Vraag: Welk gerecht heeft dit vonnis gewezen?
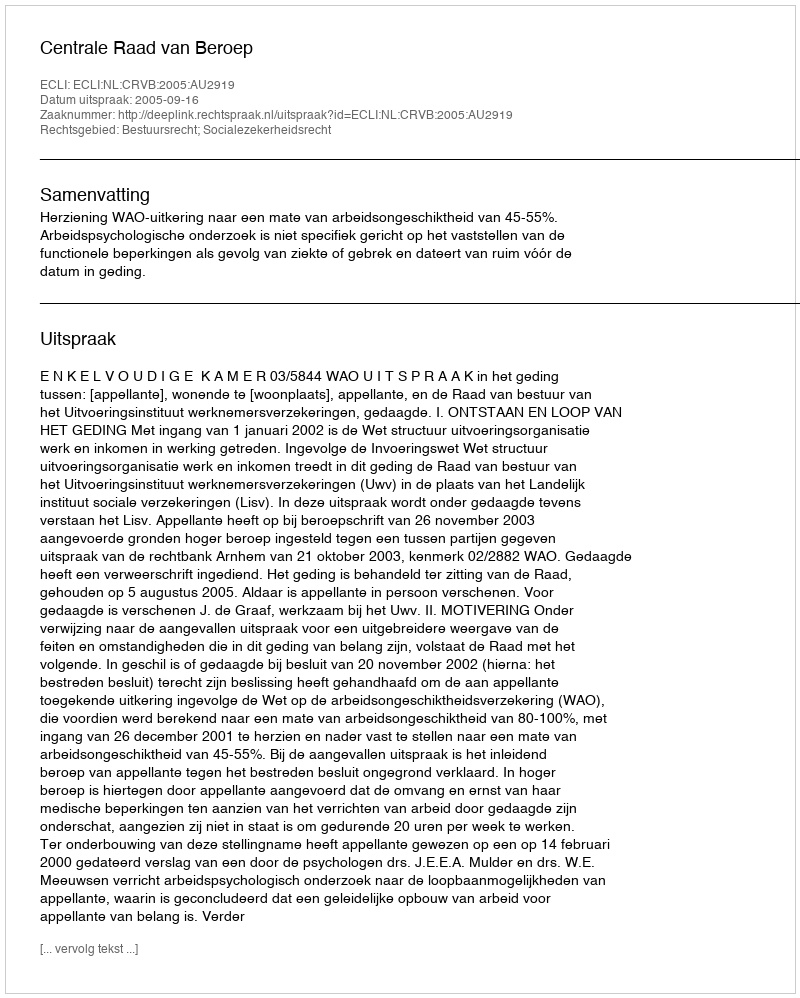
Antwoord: Centrale Raad van Beroep